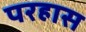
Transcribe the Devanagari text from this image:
परहास